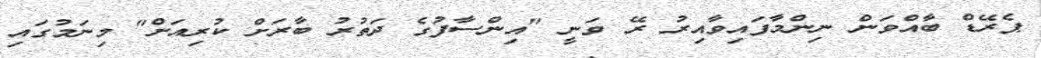
ޕެރޭޑް ބާއްވަން ނިންމާފައިވާއިރު ރޭ ވަނީ "އިންސާފުގެ ދަތުރު ބާރަށް ކުރިއަށް" މިނަމުގައި